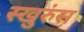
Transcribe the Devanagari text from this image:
स्खुरुंस